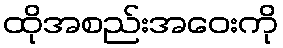
ထိုအစည်းအဝေးကို